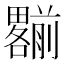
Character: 𠠩